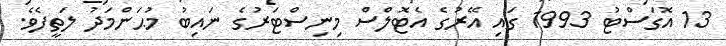
13 އޮގަސްޓު 1993 ގައި އޭރުގެ އެޓޮލްސް މިނިސްޓަރުގެ ނައިބު މުޙަންމަދު ލަތީފެވެ.